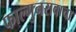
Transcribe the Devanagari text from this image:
फाल्गुनरावाचा